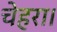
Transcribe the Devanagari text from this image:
चेहरा।